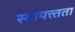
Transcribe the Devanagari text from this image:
स्वायत्त्तता